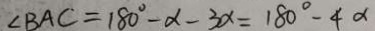
\angle B A C = 1 8 0 ^ { \circ } - \alpha - 3 \alpha = 1 8 0 ^ { \circ } - 4 \alpha